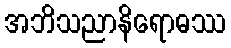
အဘိသညာနိရောဓဿ